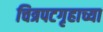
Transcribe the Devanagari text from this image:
चित्रपटगृहाच्या